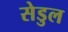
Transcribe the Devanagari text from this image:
सेडुल